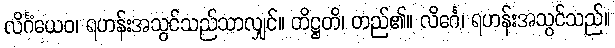
လိင်္ဂံယေဝ၊ ရဟန်းအသွင်သည်သာလျှင်။ တိဋ္ဌတိ၊ တည်၏။ လိင်္ဂေ၊ ရဟန်းအသွင်သည်။